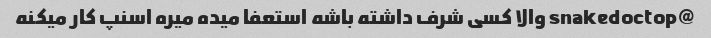
@snakedoctop والا کسی شرف داشته باشه استعفا میده میره اسنپ کار میکنه